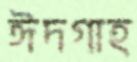
ঈদগাহ